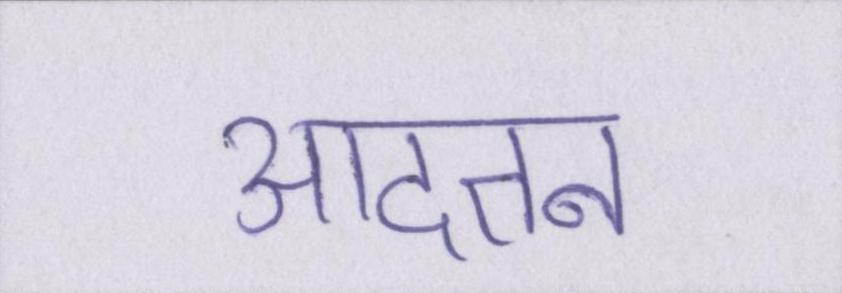
आदतन